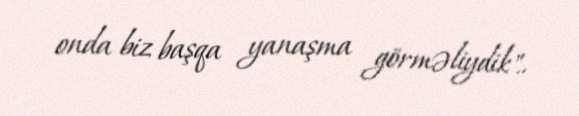
onda biz başqa yanaşma görməliydik"..